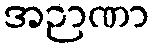
အဉာဏာ